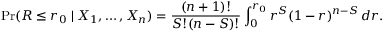
\operatorname* { P r } ( R \leq r _ { 0 } \mid X _ { 1 } , \ldots , X _ { n } ) = { \frac { ( n + 1 ) ! } { S ! ( n - S ) ! } } \int _ { 0 } ^ { r _ { 0 } } r ^ { S } ( 1 - r ) ^ { n - S } \, d r .